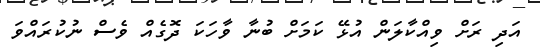
އަދި ރަށް ވިއްކާލަން އުޅޭ ކަމަށް ބުނާ ވާހަކަ ދޮގެއް ވެސް ނުކުރައްވަ